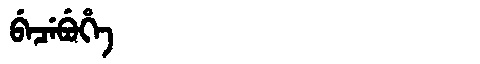
Manchu: ᠪᡝᠴᡝᠪᡠᡥᡝ
Romanization: BECEBUHE